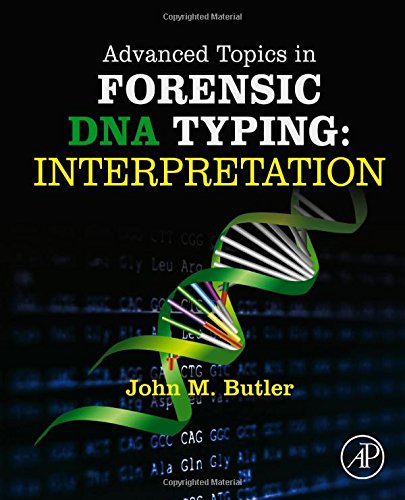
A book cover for Advanced Topics in Forensic DNA Typing: Interpretation; John M. Butler Ph.D. (Analytical Chemistry)  University of Virginia; Law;